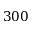
3 0 0